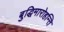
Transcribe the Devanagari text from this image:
बुद्धिमारोहन्ति